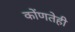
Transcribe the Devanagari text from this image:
कोंणतेही